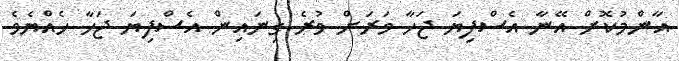
އާންމުކޮށް އޭނާ އެސްފިޔަ ޖަހާ ވަރަށް ވުރެ ގިނައިން އެސްފިޔަ ޖަހާ ހެއްޔެވެ